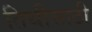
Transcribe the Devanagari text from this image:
तिथीसाठी